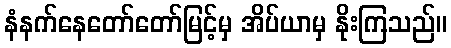
နံနက်နေတော်တော်မြင့်မှ အိပ်ယာမှ နိုးကြသည်။